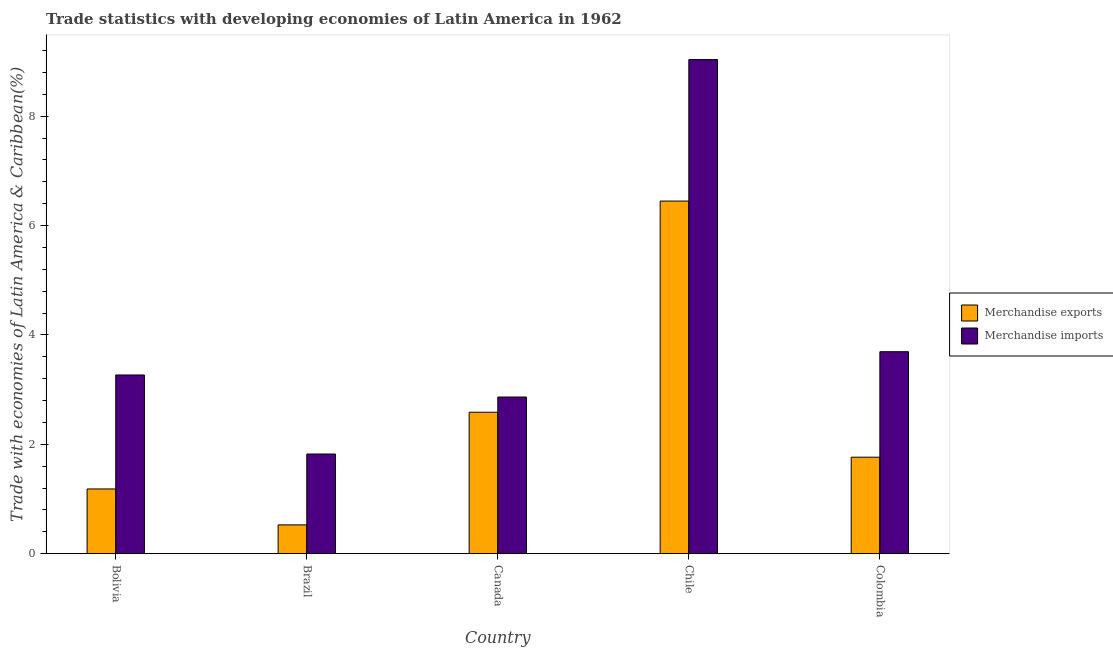
| Country | Merchandise exports | Merchandise imports |
 | --- | --- | --- |
 | Bolivia | 1.18 | 3.27 |
 | Brazil | 0.527 | 1.82 |
 | Canada | 2.59 | 2.87 |
 | Chile | 6.45 | 9.04 |
 | Colombia | 1.77 | 3.69 |